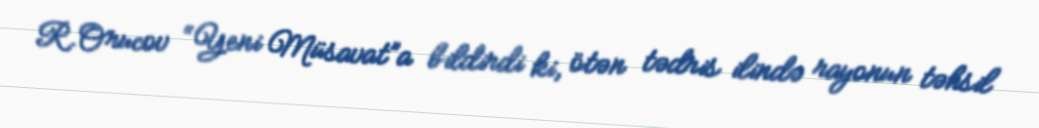
R.Orucov “Yeni Müsavat”a bildirdi ki, ötən tədris ilində rayonun təhsil